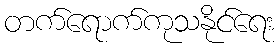
တက်ရောက်ကုသနိုင်ရေး